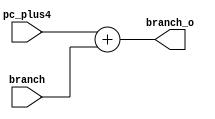
`timescale 1ns / 1ps
//////////////////////////////////////////////////////////////////////////////////
// Company: 
// Engineer: 
// 
// Design Name: 
// Module Name:    PC_Branch 
// Project Name: 
// Target Devices: 
// Tool versions: 
// Description: 
//
// Dependencies: 
//
// Revision: 
// Revision 0.01 - File Created
// Additional Comments: 
//
//////////////////////////////////////////////////////////////////////////////////
module PC_Branch(
    input signed [31:0] branch,
    output signed [31:0] branch_o,
    input signed [31:0] pc_plus4
    );
assign branch_o = pc_plus4 + branch;

endmodule